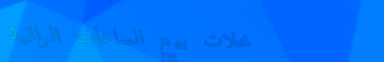
محلات بيع الساعات الراقية